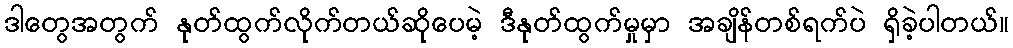
ဒါတွေအတွက် နုတ်ထွက်လိုက်တယ်ဆိုပေမဲ့ ဒီနုတ်ထွက်မှုမှာ အချိန်တစ်ရက်ပဲ ရှိခဲ့ပါတယ်။